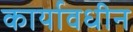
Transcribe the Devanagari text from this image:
कार्यावधीन